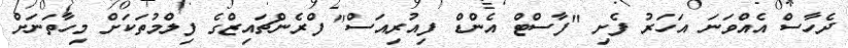
ދެހާސް އެއްވަނަ އަހަރު ފެށި "ފާސްޓް އެންޑް ފިއުރިއަސް" ފްރެންޗައިޒްގެ ފިލްމުތަކަށް މިހާތަނަށް